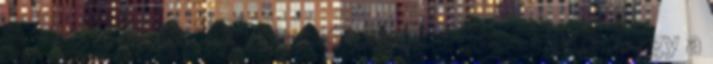
is szerepelhet. A szervezők fenntartják a jogot, hogy a